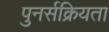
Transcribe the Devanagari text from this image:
पुनर्सक्रियता